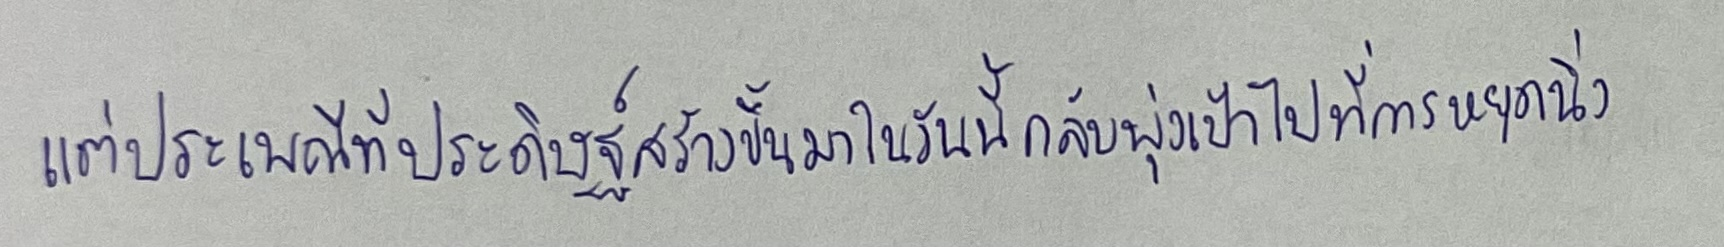
แต่ประเพณีที่ประดิษฐ์สร้างขึ้นมาในวันนี้กลับพุ่งเป้าไปที่การหยุดนิ่ง